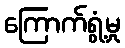
ကြောက်ရွံ့မှု